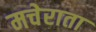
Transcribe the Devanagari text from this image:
मचेराता